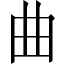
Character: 曲